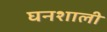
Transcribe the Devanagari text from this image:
घनशाली